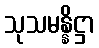
သုသမန္နိဋ္ဌာ